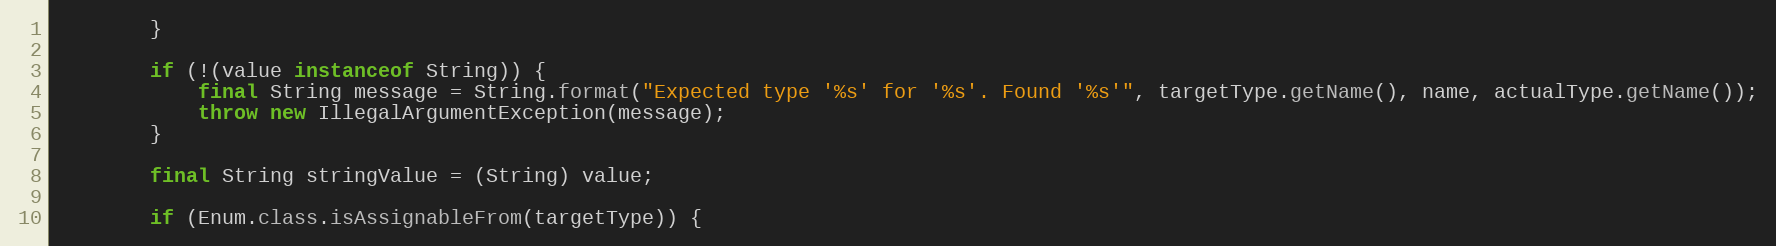
Language: Java
        }

        if (!(value instanceof String)) {
            final String message = String.format("Expected type '%s' for '%s'. Found '%s'", targetType.getName(), name, actualType.getName());
            throw new IllegalArgumentException(message);
        }

        final String stringValue = (String) value;

        if (Enum.class.isAssignableFrom(targetType)) {